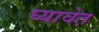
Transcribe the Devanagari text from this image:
घ्यावेत़